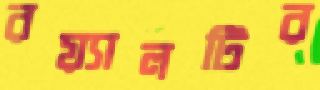
রয়্যালটির